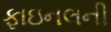
ફાઇનલની